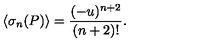
\langle \sigma _ { n } ( P ) \rangle = { \frac { ( - u ) ^ { n + 2 } } { ( n + 2 ) ! } } .